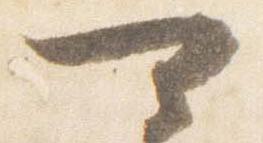
可